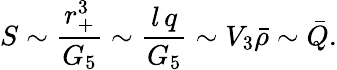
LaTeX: S\sim{\frac{r_{+}^{3}}{G_{5}}}\sim{\frac{l\, q}{G_{5}}}\sim V_{3}{\bar{\rho}}\sim{\bar{Q}}.